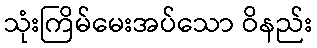
သုံးကြိမ်မေးအပ်သော ဝိနည်း